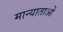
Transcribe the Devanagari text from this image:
मान्याताओं